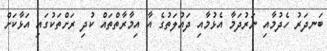
ބަނދަރު ހެދުމާއި ނަރުދަމާ އެޅުމާއި ދައުލަތުގެ އާ އިމާރާތްތައް ކުދި ރަށްތަކުގައި އަޅާކަށް